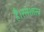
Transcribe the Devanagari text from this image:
है।रसशास्त्र